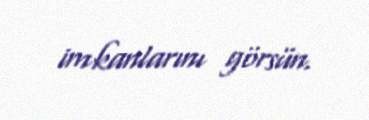
imkanlarını görsün.